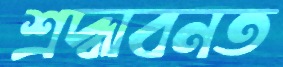
শ্রদ্ধাবনত